Civil Veterinary Dept. North-West Frontier Province 1923-32 - 1923-1932
Year: 1923
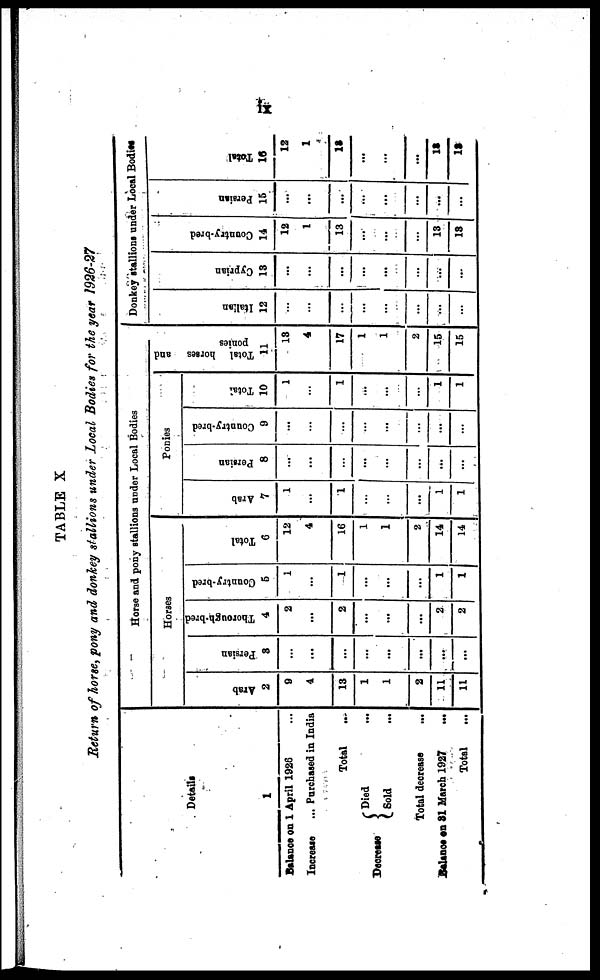
ix
TABLE X
Return of horse, pony and donkey stallions under Local Bodies for the year 1926-27
Details
1
Balance on 1 April 1926
Increase
... Purchased in India
Total ...
Decrease
Died ...
Sold ...
Total decrease
...
Balance on 31 March 1927 ...
Total ...
Horse and pony stallions under Local Bodies
Horses
Arab
2
9
4
13
1
1
2
11
11
Persian
3
...
...
...
...
...
...
...
...
Thorough-bred
4
2
...
2
...
...
...
2
2
Country-bred
5
1
...
1
...
...
...
1
1
Total
6
12
4
16
1
1
2
14
14
Ponies
Arab
7
1
...
1
...
...
...
1
1
Persian
8
...
...
...
...
...
...
...
...
Country-bred
9
...
...
...
...
...
...
...
...
Total
10
1
...
1
...
...
1
1
Total
horses and
ponies
11
13
4
17
1
1
2
15
15
Donkey stallions under Local Bodies
I t al i an
12
...
...
...
...
...
...
...
...
Cypr i
an
13
...
...
...
...
...
...
...
...
Count r
y- br e d
14
12
1
13
...
...
...
13
13
Persian
15
...
...
...
...
...
...
...
...
Tot al
18
12
1
13
...
...
...
13
13